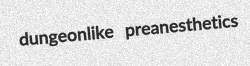
dungeonlike preanesthetics